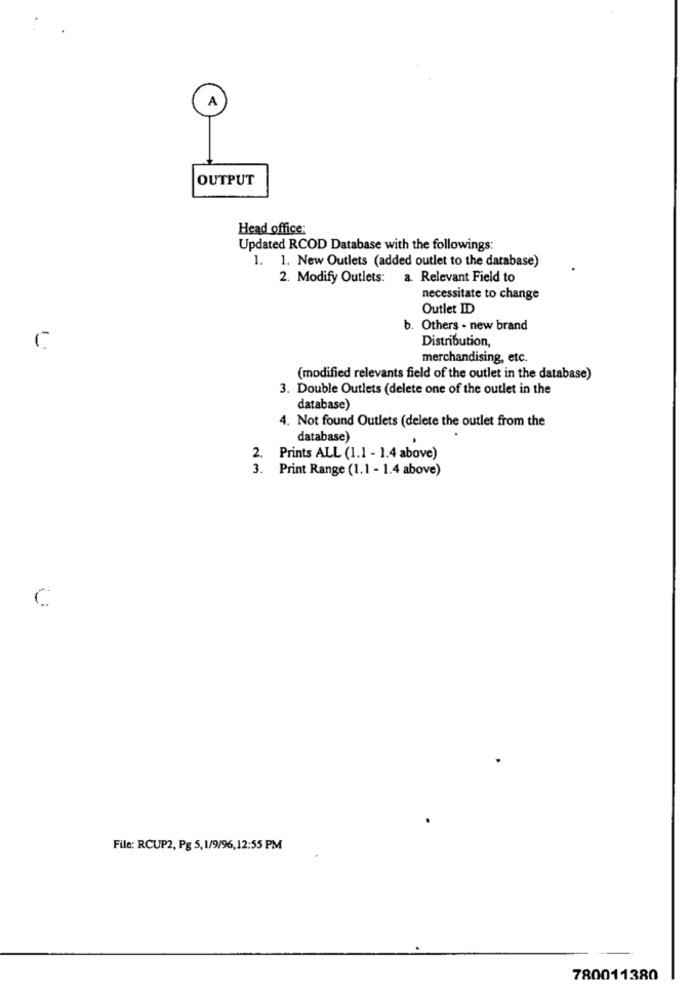
A
OUTPUT
Head office:
Updated RCOD Database with the followings:
1. 1. New Outlets (added outlet to the database)
2. Modify Outlets: a. Relevant Field to
necessitate to change
Outlet ID
. Others - new brand
Distribution,
C
merchandising, etc.
(modified relevants field of the outlet in the database)
3. Double Outlets (delete one of the outlet in the
database)
4. Not found Outlets (delete the outlet from the
database)
2.
Prints ALL (1.1 - 1.4 above)
3.
Print Range (1.1 - 1.4 above)
File: RCUP2, Pg 5,1/9/96,12:55 PM
780011380